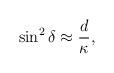
LaTeX: \begin{align*}\sin^{2}{\delta}\approx \frac{d}{\kappa},\end{align*}